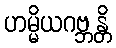
ဟမ္မိယဂဗ္ဘန္တိ